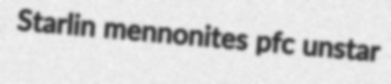
Starlin mennonites pfc unstar